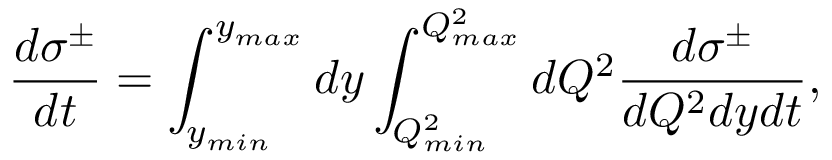
\frac { d \sigma ^ { \pm } } { d t } = \int _ { y _ { m i n } } ^ { y _ { m a x } } d y \int _ { Q _ { m i n } ^ { 2 } } ^ { Q _ { m a x } ^ { 2 } } d Q ^ { 2 } \frac { d \sigma ^ { \pm } } { d Q ^ { 2 } d y d t } ,